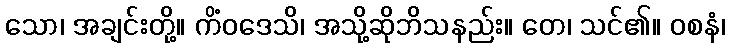
သော၊ အချင်းတို့။ ကိံဝဒေသိ၊ အသို့ဆိုဘိသနည်း။ တေ၊ သင်၏။ ဝစနံ၊